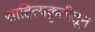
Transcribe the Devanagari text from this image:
साहित्यकृतीतून